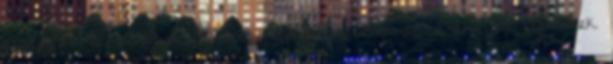
utóda és tanítványa, a dolgok princípiumának arché és elemének